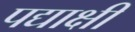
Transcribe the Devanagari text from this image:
पद्याक्षी